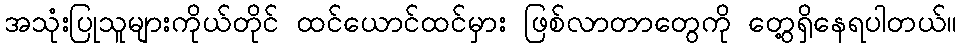
အသုံးပြုသူများကိုယ်တိုင် ထင်ယောင်ထင်မှား ဖြစ်လာတာတွေကို တွေ့ရှိနေရပါတယ်။